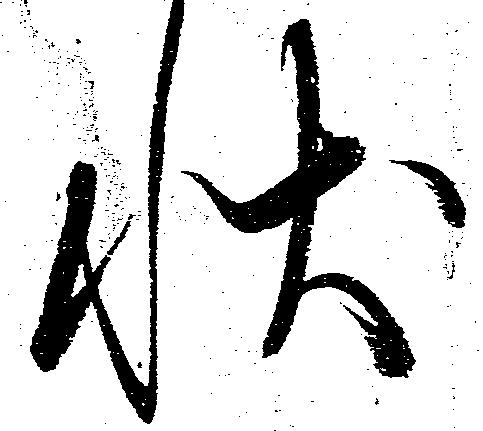
状